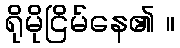
ရိုမိုငြိမ်နေ၏ ။